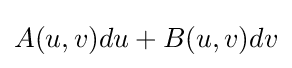
A(u,v)du+B(u,v)dv